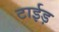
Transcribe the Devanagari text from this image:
टाईड़